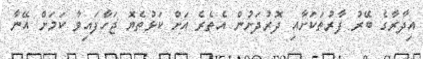
އިދާރާގެ ބޭރު ފާރުތަކަށާއި ދޮރުދަށުން އެތެރެ އަށް ކަޅުތެޔޮ ޖަހާފައިވާ ކަމަށް އޭނާ